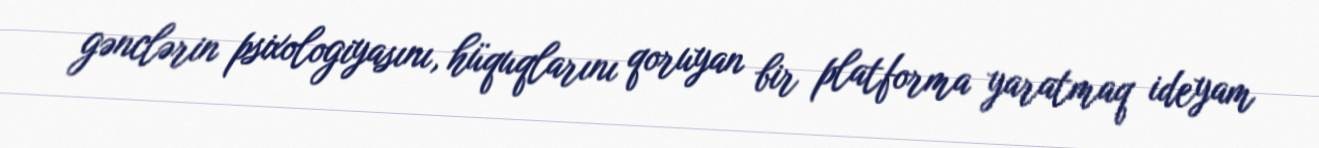
gənclərin psixologiyasını, hüquqlarını qoruyan bir platforma yaratmaq ideyam